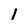
Character: i